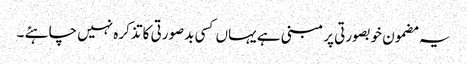
یہ مضمون خوبصورتی پر مبنی ہے یہاں کسی بدصورتی کا تذکرہ نہیں چاہئے ۔